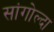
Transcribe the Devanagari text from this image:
सांगोल्दा